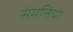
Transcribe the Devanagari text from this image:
संमतियो